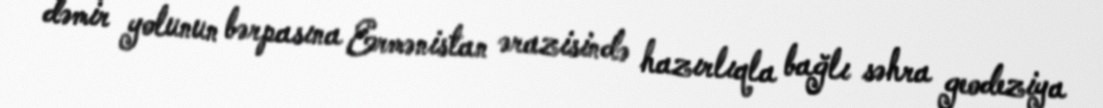
dəmir yolunun bərpasına Ermənistan ərazisində hazırlıqla bağlı səhra geodeziya